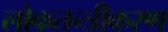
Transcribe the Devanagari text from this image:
लोकतन्‍त्रीकरण